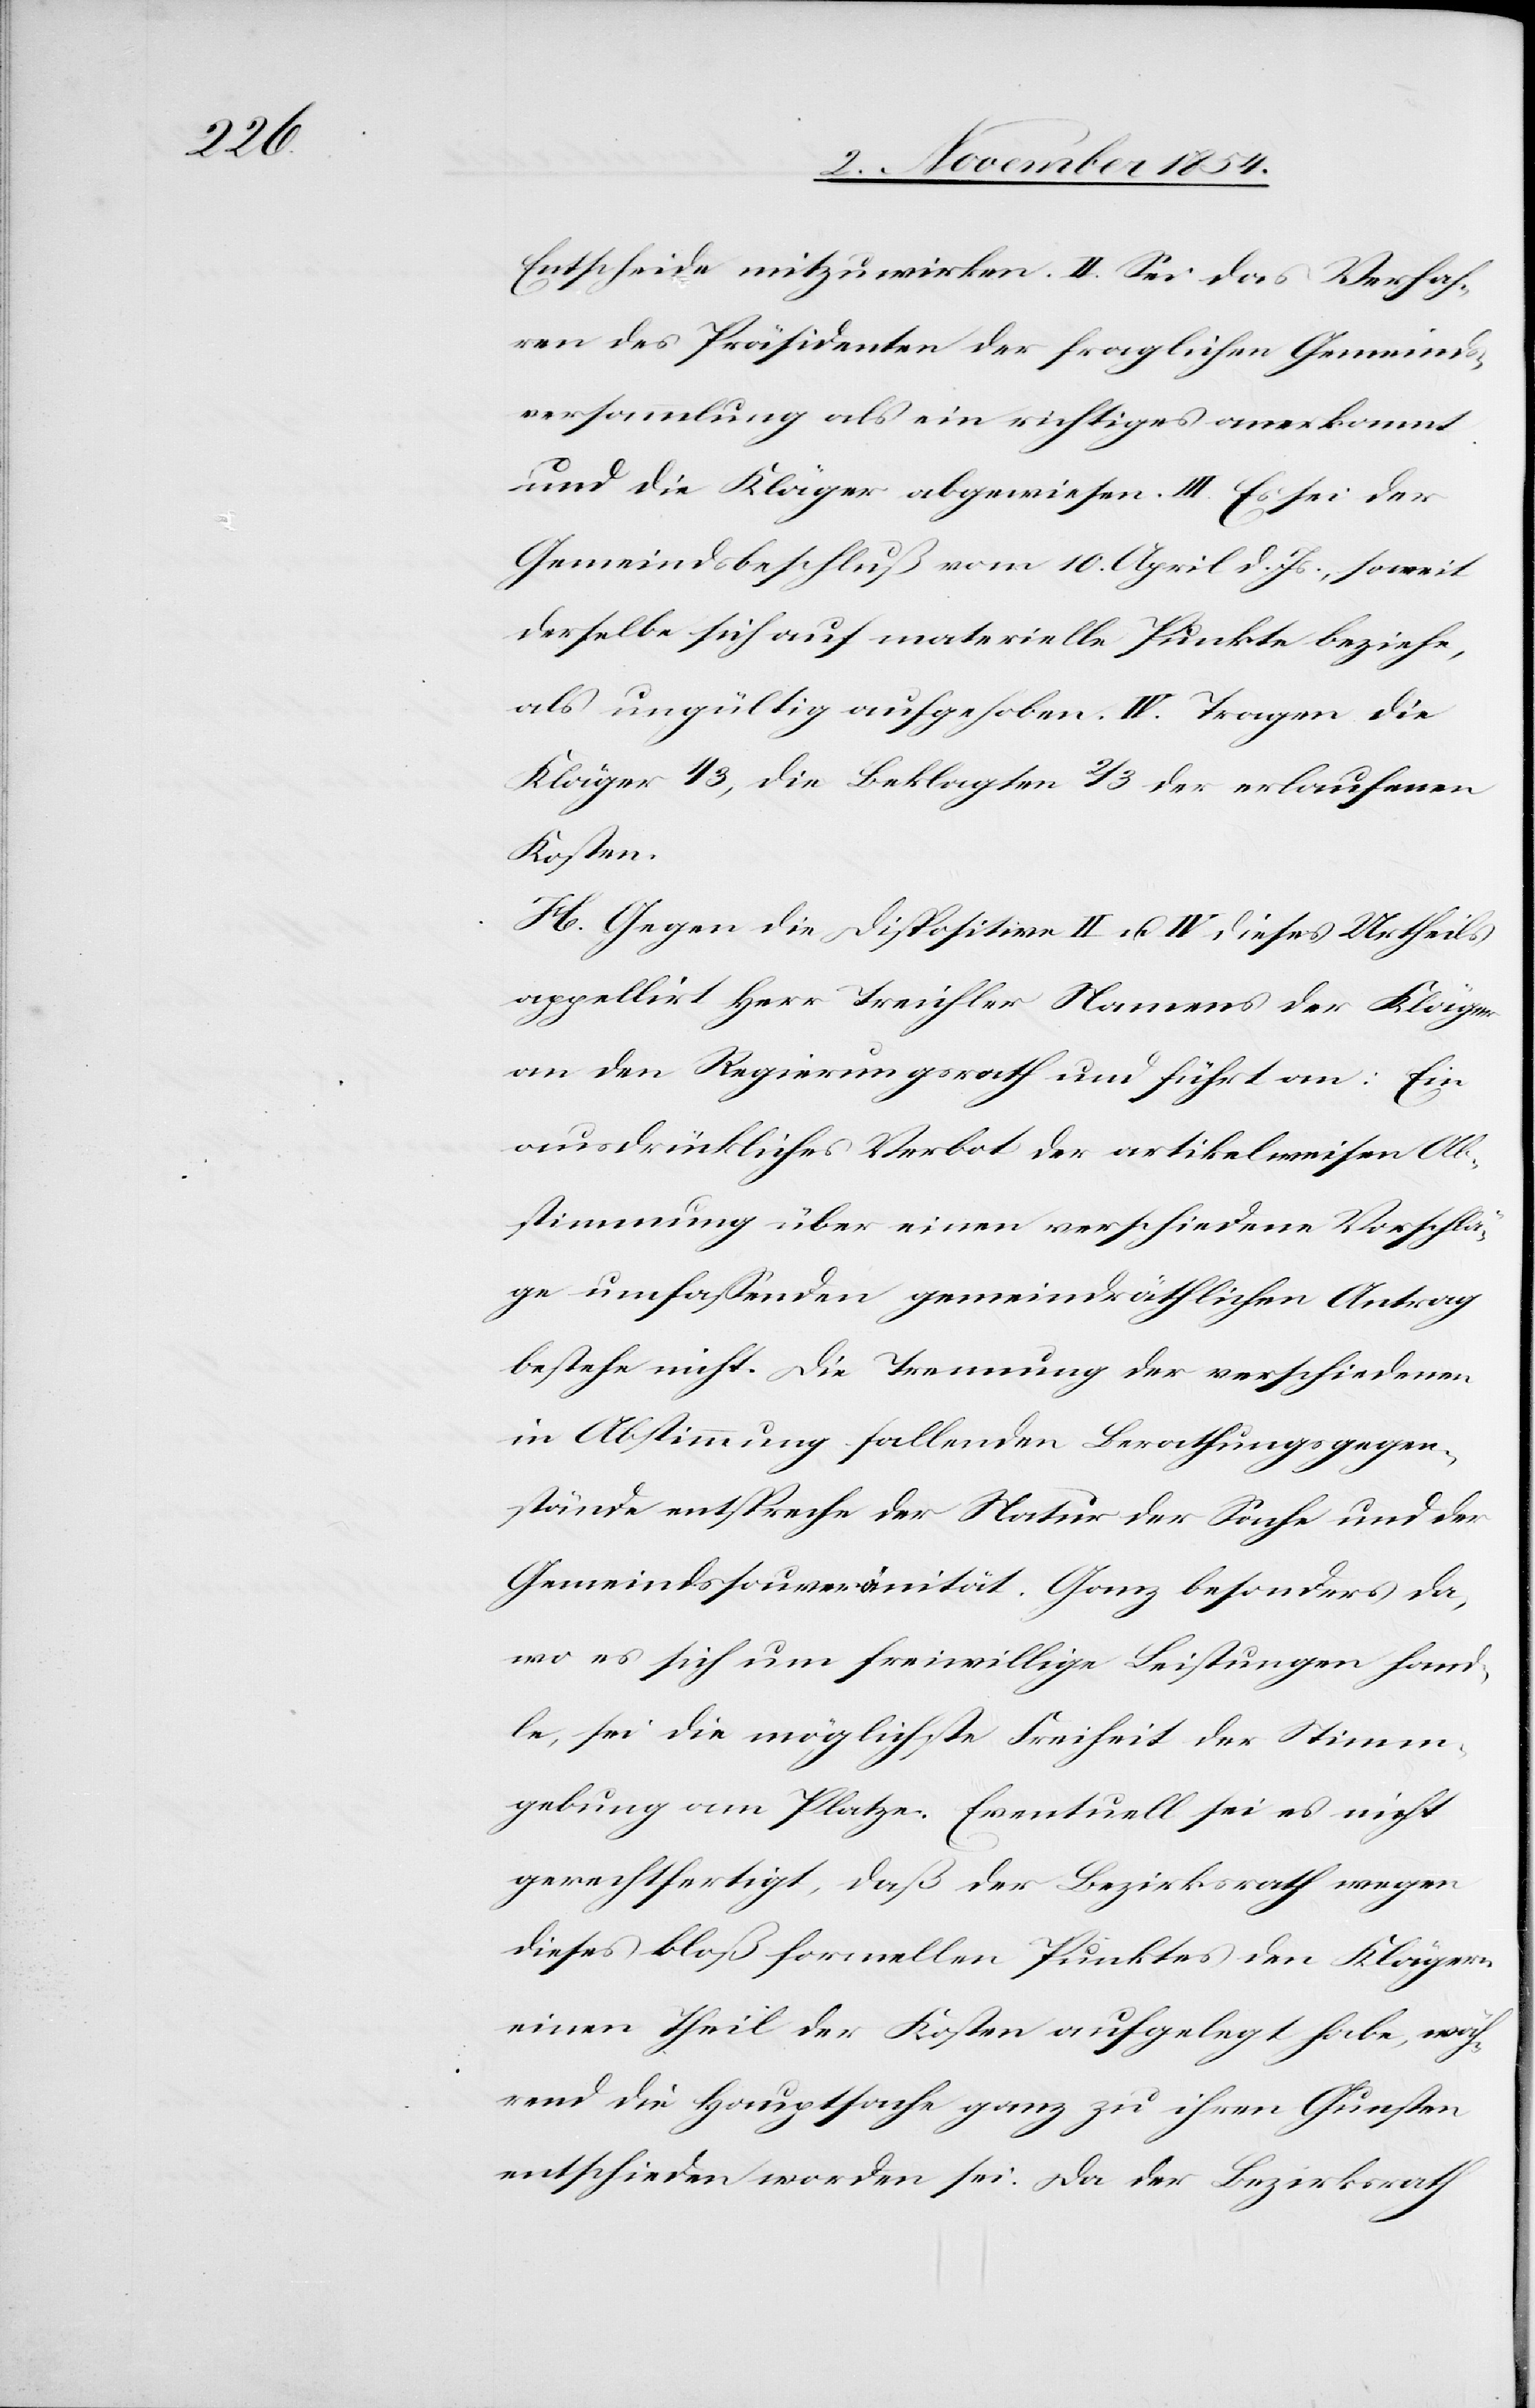
Entscheide mitzuwirken. II. Sei das Verfah¬
ren des Präsidenten der fraglichen Gemeinds¬
versammlung als ein richtiges anerkannt
und die Kläger abgewiesen. III. Es sei der
Gemeindsbeschluß vom 10. April d. Js., soweit
derselbe sich auf materielle Punkte beziehe,
als ungültig aufgehoben. IV. Tragen die
Kläger 1/3, die Beklagten 2/3 der erlaufenen
Kosten.
H. Gegen die Dispositive II u. IV dieses Urtheils
appellirt Herr Treichler Namens der Kläger
an den Regierungsrath und führt an: Ein
ausdrückliches Verbot der artikelweisen Ab¬
stimmung über einen verschiedene Vorschlä¬
ge umfaßenden gemeindräthlichen Antrag
bestehe nicht. Die Trennung der verschiedenen
in Abstimmung fallenden Berathungsgegen¬
stände entspreche der Natur der Sache und der
Gemeindssouveränität. Ganz besonders da,
wo es sich um freiwillige Leistungen hand¬
le, sei die möglichste Freiheit der Stimm¬
gebung am Platze. Eventuell sei es nicht
gerechtfertigt, daß der Bezirksrath wegen
dieses bloß formellen Punktes den Klägern
einen Theil der Kosten aufgelegt habe, wäh¬
rend die Hauptsache ganz zu ihren Gunsten
entscheiden worden sei. Da der Bezirksrath